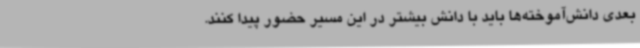
بعدی دانش‌آموخته‌ها باید با دانش بیشتر در این مسیر حضور پیدا کنند.